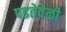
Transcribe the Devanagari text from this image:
पडतेवेळी